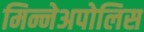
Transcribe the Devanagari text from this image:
मिन्नेअपोलिस